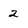
Character: 2